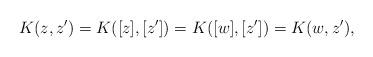
LaTeX: \begin{align*}K(z,z')=K([z],[z'])=K([w],[z'])=K(w,z'),\end{align*}